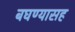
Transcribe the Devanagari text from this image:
बघण्यासह